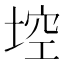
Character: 埪